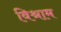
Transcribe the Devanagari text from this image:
विश्राम